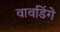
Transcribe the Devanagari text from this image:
वावडिंगे